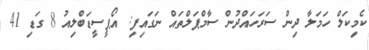
ކެމިކަލް ހަމަލާ ދިން ސަރަހައްދުން ސާމްޕަލްތައް ނަގައިފި: އޯޕީސީޑަބްލިއު 8 ގަޑި 41